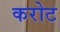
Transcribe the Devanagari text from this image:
करोट